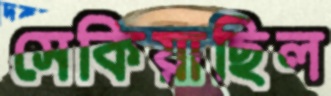
সেকিয়াছিল